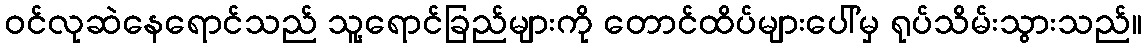
ဝင်လုဆဲနေရောင်သည် သူ့ရောင်ခြည်များကို တောင်ထိပ်များပေါ်မှ ရုပ်သိမ်းသွားသည်။